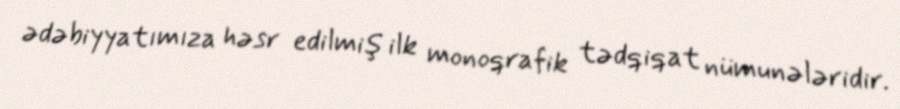
ədəbiyyatımıza həsr edilmiş ilk monoqrafik tədqiqat nümunələridir.